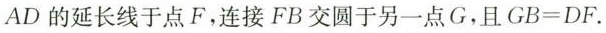
AD的延长线于点F。连接FB交圆于另一点G。且GB=DF。